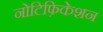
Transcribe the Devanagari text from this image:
नोटिफ़िकेशन